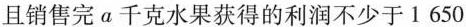
且销售完a千克水果获得的利润不少于1650